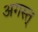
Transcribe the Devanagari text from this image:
अगस्त्